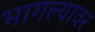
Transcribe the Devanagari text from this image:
भागल्यावर